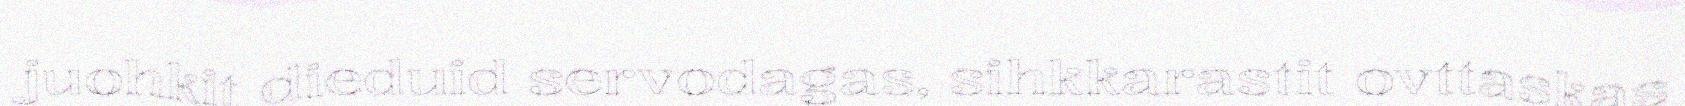
juohkit dieduid servodagas, sihkkarastit ovttaskas